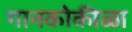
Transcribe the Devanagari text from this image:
गानकोकीळा